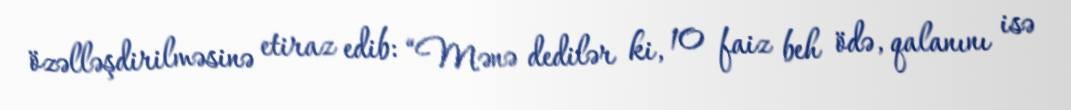
özəlləşdirilməsinə etiraz edib: “Mənə dedilər ki, 10 faiz beh ödə, qalanını isə